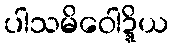
ပါသမိဝေါဍ္ဍိယ